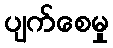
ပျက်စေမှု